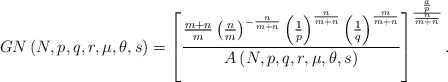
\begin{align*}GN\left( N,p,q,r,\mu,\theta,s\right) =\left[ \frac{\frac{m+n}{m}\left(\frac{n}{m}\right) ^{-\frac{n}{m+n}}\left( \frac{1}{p}\right) ^{\frac{n}{m+n}}\left( \frac{1}{q}\right) ^{\frac{m}{m+n}}}{A\left( N,p,q,r,\mu,\theta,s\right) }\right] ^{\frac{\frac{a}{p}}{\frac{n}{m+n}}}.\end{align*}